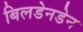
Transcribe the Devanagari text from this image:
बिलडेनडेन